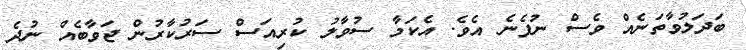
ބަދަލުވާތަނެއް ވެސް ނުފެނެ އެވެ. އެކަމާ ސުވާލު ކުރިއަސް ސަރުކާރުން ޖަވާބެއް ނުދެ